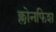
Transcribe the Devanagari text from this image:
क्लोनफिश